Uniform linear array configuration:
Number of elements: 12
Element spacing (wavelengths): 0.5
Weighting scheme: hamming
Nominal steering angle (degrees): -60
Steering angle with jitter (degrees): -59.326
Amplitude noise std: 0.05
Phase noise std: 0.05

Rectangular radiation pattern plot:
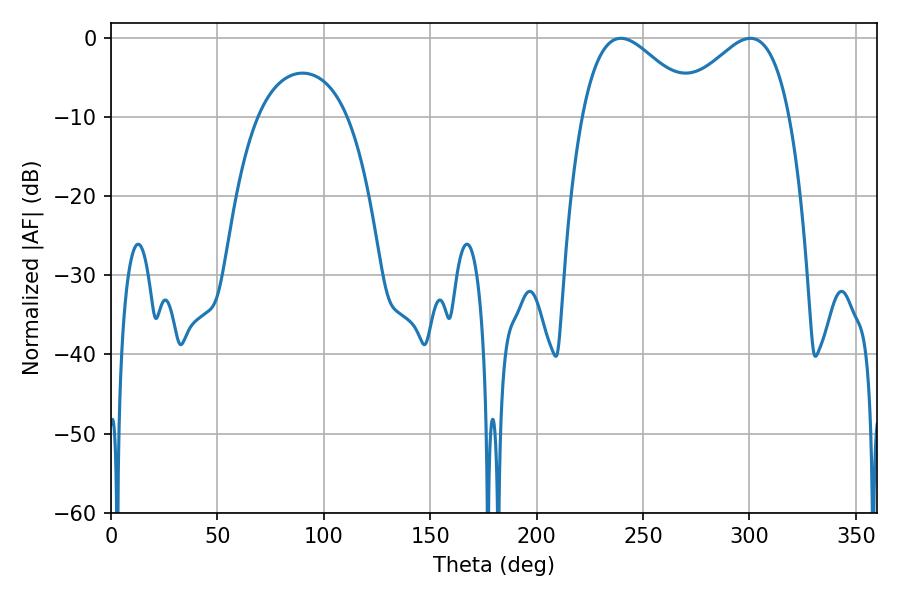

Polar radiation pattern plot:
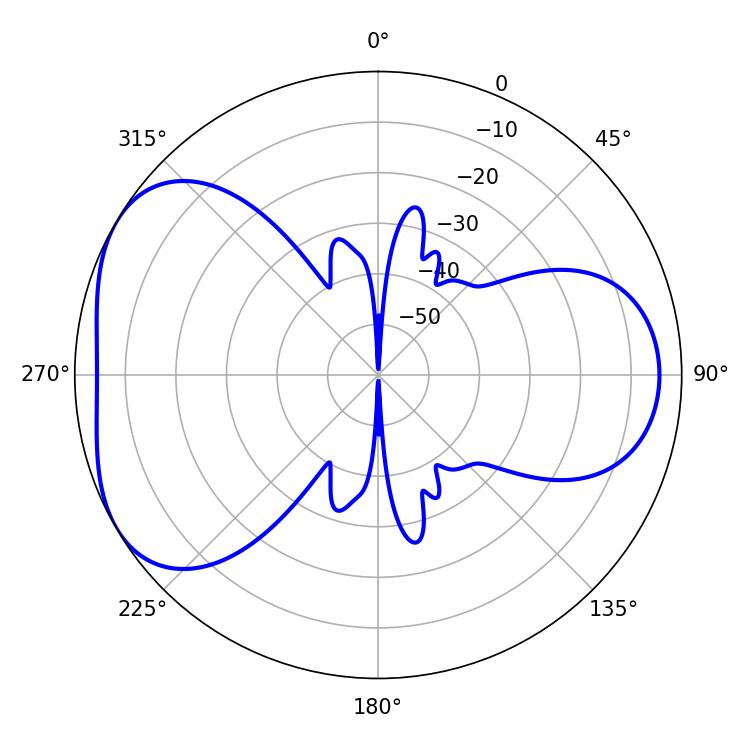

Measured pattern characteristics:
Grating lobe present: FALSE
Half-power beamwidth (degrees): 28.8
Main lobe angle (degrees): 239.58